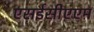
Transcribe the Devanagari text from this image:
एसईसीएएम